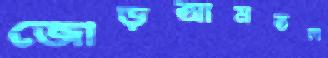
জোড়আমতল